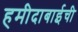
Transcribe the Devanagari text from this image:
हमीदाबाईची